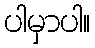
ပါမှာပါ။